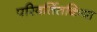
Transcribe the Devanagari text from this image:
परिवर्तितकिया